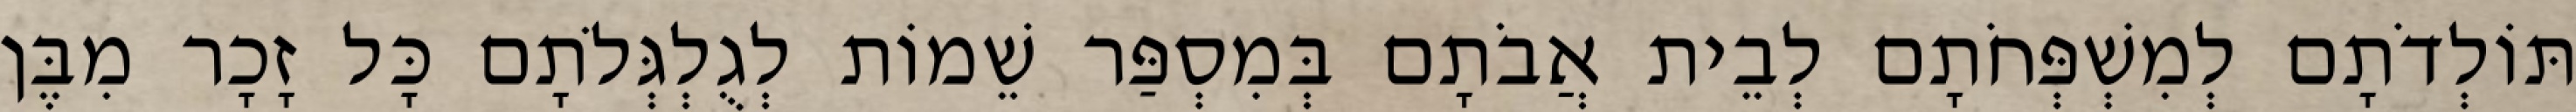
תּוֹלְדֹתָם לְמִשְׁפְּחֹתָם לְבֵית אֲבֹתָם בְּמִסְפַּר שֵׁמוֹת לְגֻלְגְּלֹתָם כָּל זָכָר מִבֶּן